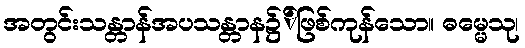
အတွင်းသန္တာန်အပသန္တာန၌်ဖြစ်ကုန်သော။ ဓမ္မေသု၊